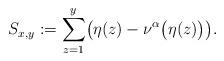
LaTeX: \begin{align*}S_{x,y}:=\sum_{z=1}^y \bigl(\eta(z)- \nu^{\alpha}\bigl(\eta(z)\bigr) \bigr).\end{align*}